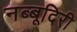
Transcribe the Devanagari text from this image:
नब्‍बूदिरी